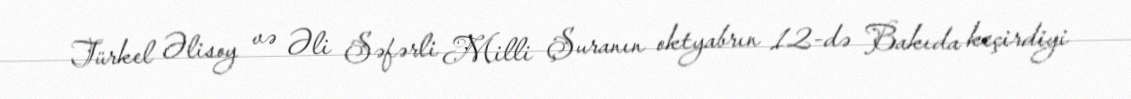
Türkel Əlisoy və Əli Səfərli Milli Şuranın oktyabrın 12-də Bakıda keçirdiyi